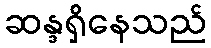
ဆန္ဒရှိနေသည်